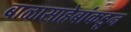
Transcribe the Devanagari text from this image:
बाळासाहेबांकडून